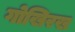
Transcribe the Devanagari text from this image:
गोखिरख